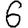
Digit: 6